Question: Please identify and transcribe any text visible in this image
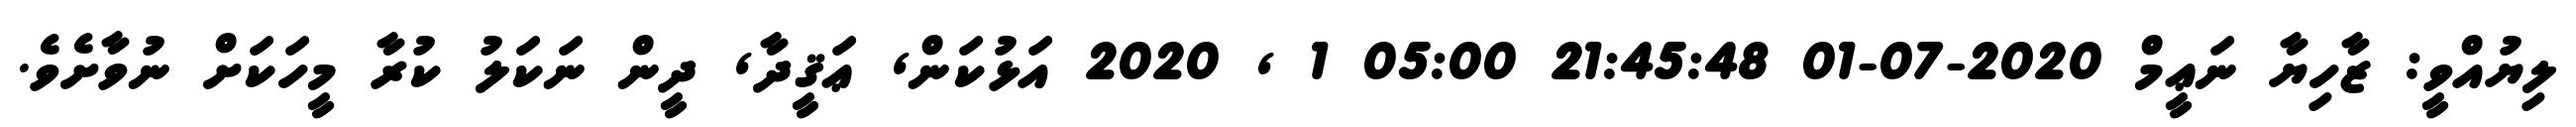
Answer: ލިޔުއްވީ: ޒާހިޔާ ނަޢީމް 2020-07-01 21:45:48 05:00 1 , 2020 އަޅުކަން, ޢަޤީދާ, ދީން ނަކަލު ކުރާ މީހަކަށް ނުވާށެވެ.